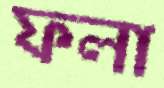
ফলা